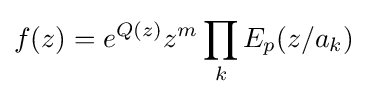
f(z)=e^{Q(z)}z^{m}\prod _{k}E_{p}(z/a_{k})